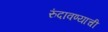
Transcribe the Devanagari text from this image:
रुंदावण्याची